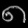
Digit: ၈